Vaccination North-Western Provinces 1866-1877 - 1866-1877
Year: 1866
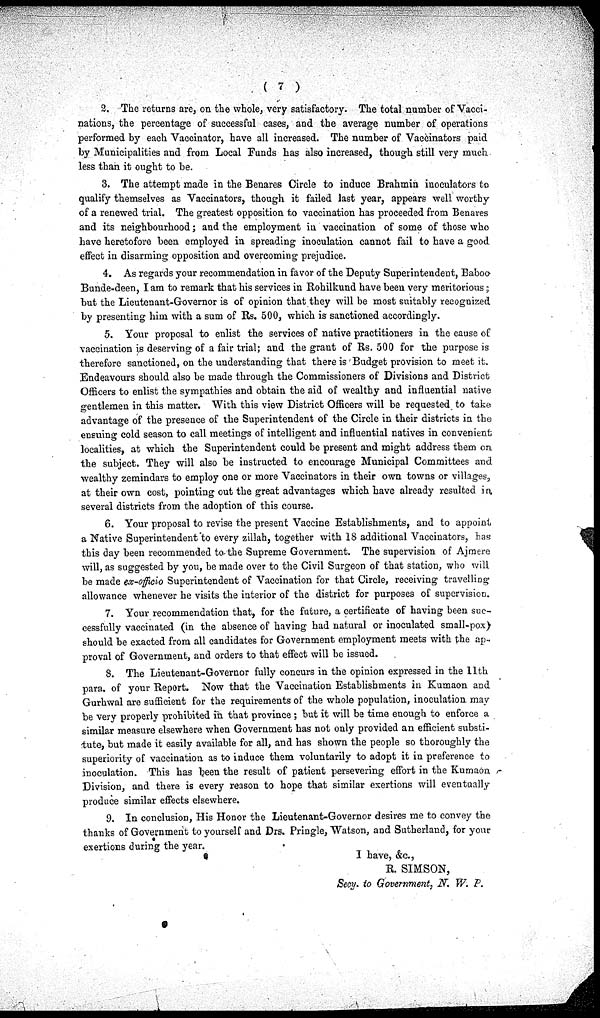
( 7 )
2. The returns are, on the whole, very satisfactory. The total number of Vacci-
nations, the percentage of successful cases, and the average number of operations
performed by each Vaccinator, have all increased. The number of Vaccinators paid
by Municipalities and from Local Funds has also increased, though still very much
less than it ought to be.
3. The attempt made in the Benares Circle to induce Brahmin inoculators to
qualify themselves as Vaccinators, though it failed last year, appears well worthy
of a renewed trial. The greatest opposition to vaccination has proceeded from Benares
and its neighbourhood; and the employment in vaccination of some of those who
have heretofore been employed in spreading inoculation cannot fail to have a good
effect in disarming opposition and overcoming prejudice.
4. As regards your recommendation in favor of the Deputy Superintendent, Baboo
Bunde-deen, I am to remark that his services in Rohilkund have been very meritorious
but the Lieutenant-Governor is of opinion that they will be most suitably recognized
by presenting him with a sum of Rs. 500, which is sanctioned accordingly.
5. Your proposal to enlist the services of native practitioners in the cause of
vaccination is deserving of a fair trial; and the grant of Rs. 500 for the purpose is
therefore sanctioned, on the understanding that there is Budget provision to meet it.
Endeavours should also be made through the Commissioners of Divisions and District
Officers to enlist the sympathies and obtain the aid of wealthy and influential native
gentlemen in this matter. With this view District Officers will be requested to take
advantage of the presence of the Superintendent of the Circle in their districts in the
ensuing cold season to call meetings of intelligent and influential natives in convenient
localities, at which the Superintendent could be present and might address them on
the subject. They will also be instructed to encourage Municipal Committees and
wealthy zemindars to employ one or more Vaccinators in their own towns or villages.,
at their own cost, pointing out the great advantages which have already resulted in
several districts from the adoption of this course.
6. Your proposal to revise the present Vaccine Establishments, and to appoint
a Native Superintendent to every zillah, together with 18 additional Vaccinators, has
this day been recommended to the Supreme Government. The supervision of Ajmere
will, as suggested by you, be made over to the Civil Surgeon of that station, who will
be made ex-officio Superintendent of Vaccination for that Circle, receiving travelling
allowance whenever he visits the interior of the district for purposes of supervision.
7. Your recommendation that, for the future, a certificate of having been suc-
cessfully vaccinated (in the absence of having had natural or inoculated small-pox)
should be exacted from all candidates for Government employment meets with the ap-
proval of Government, and orders to that effect will be issued.
S. The Lieutenant-Governor fully concurs in the opinion expressed in the 11th
para. of your Report. Now that the Vaccination Establishments in Kumaon and
Gurhwal are sufficient for the requirements of the whole population, inoculation may
be very properly prohibited in that province ; but it will be time enough to enforce a
similar measure elsewhere when Government has not only provided an efficient substi-
tute, but made it easily available for all, and has shown the people so thoroughly the
superiority of vaccination as to induce them voluntarily to adopt it in preference to
inoculation. This has been the result of patient persevering effort in the Kumaon
Division, and there is every reason to hope that similar exertions will eventually
produce similar effects elsewhere.
9. In conclusion, His Honor the Lieutenant-Governor desires me to convey the
thanks of Government to yourself and Drs. Pringle, Watson, and Sutherland, for your
exertions during the year.
I have, &c.,
R. SIMSON,
Secy. to Government, N. W. P.